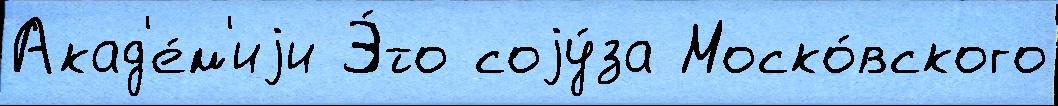
Акад'е́м'иjи Э́то соjу́за Моско́вского